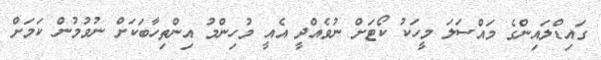
ގައިޑްލައިންގެ މައްސަލަ މީހަކު ކޯޓަށް ނުވެއްދީ އެއީ މުހިންމު އިންތިހާބަކަށް ނުވުމުން ކަމަށް